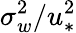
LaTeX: \sigma_{w}^{2}/u_{*}^{2}